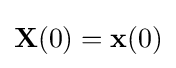
\mathbf {X} (0)=\mathbf {x} (0)